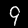
Label: 9